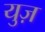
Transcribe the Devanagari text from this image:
युज़